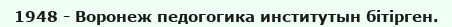
1948 - Воронеж педогогика институтын бітірген.